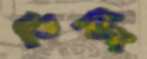
তিড়িং